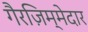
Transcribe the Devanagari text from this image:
गैरज़िम्मेदार